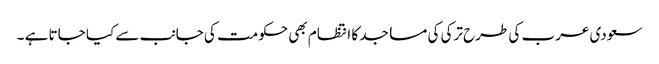
سعودی عرب کی طرح ترکی کی مساجد کا انتظام بھی حکومت کی جانب سے کیا جاتا ہے ۔